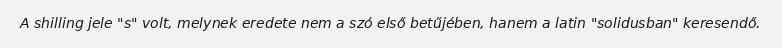
A shilling jele "s" volt, melynek eredete nem a szó első betűjében, hanem a latin "solidusban" keresendő.